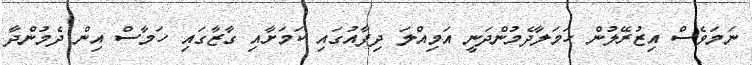
ނަމަވެސް އިޒުރޭލުން ހަމަލާދެމުންދަނީ އަމިއްލަ ދިފާއުގައި ކަމަށާއި ގާޒާގަައި ހަމާސް އިން ދެމުންދާ